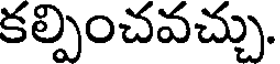
కల్పించవచ్చు.